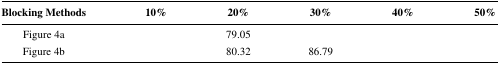
<table><thead><tr><td><b>Blocking Methods</b></td><td><b>10%</b></td><td><b>20%</b></td><td><b>30%</b></td><td><b>40%</b></td><td><b>50%</b></td></tr></thead><tbody><tr><td>Figure 4a</td><td>[EMPTY_CELL]</td><td>79.05</td><td>[EMPTY_CELL]</td><td>[EMPTY_CELL]</td><td>[EMPTY_CELL]</td></tr><tr><td>Figure 4b</td><td>[EMPTY_CELL]</td><td>80.32</td><td>86.79</td><td>[EMPTY_CELL]</td><td>[EMPTY_CELL]</td></tr></tbody></table>